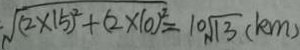
\sqrt { ( 2 \times 1 5 ) ^ { 2 } } + \sqrt { ( 2 \times 1 0 ) ^ { 2 } } = 1 0 \sqrt { 1 3 } ( k m )